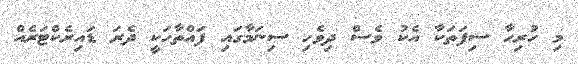
މި ހުރިހާ ސިފަތަކާ އެކު ވެސް ދިވެހި ސިނަމާގައި ފައްތާހަކީ ދެރަ ޑައިރެކްޓަރެއް